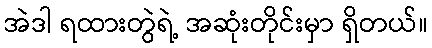
အဲဒါ ရထားတွဲရဲ့ အဆုံးတိုင်းမှာ ရှိတယ်။